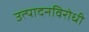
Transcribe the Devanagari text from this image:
उत्पादनविरोधी